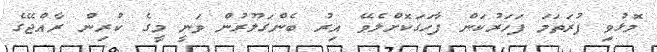
މޮޅުވި ފުރަތަމަ ފަހަރުކަން ފާހަގަކޮށްލެވޭ އިރު ބެންގަލޫރުން ވަނީ މީގެ ކުރިން ރާއްޖޭގެ